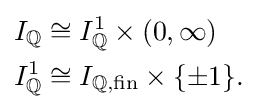
{\begin{aligned}I_{\mathbb {Q} }&\cong I_{\mathbb {Q} }^{1}\times (0,\infty )\\I_{\mathbb {Q} }^{1}&\cong I_{\mathbb {Q} ,{\text{fin}}}\times \{\pm 1\}.\end{aligned}}